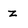
Character: z